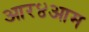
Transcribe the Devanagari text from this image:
आर४आम